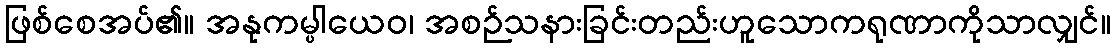
ဖြစ်စေအပ်၏။ အနုကမ္ပါယေဝ၊ အစဉ်သနားခြင်းတည်းဟူသောကရုဏာကိုသာလျှင်။